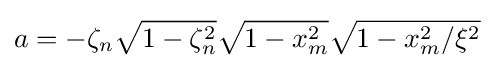
a=-\zeta _{n}{\sqrt {1-\zeta _{n}^{2}}}{\sqrt {1-x_{m}^{2}}}{\sqrt {1-x_{m}^{2}/\xi ^{2}}}